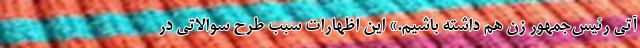
آتی رئیس‌جمهور زن هم داشته باشیم.» این اظهارات سبب طرح سوالاتی در